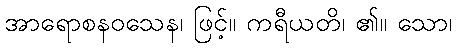
အာရောစနဝသေန၊ ဖြင့်။ ကရီယတိ၊ ၏။ သော၊